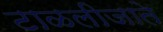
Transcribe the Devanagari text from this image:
टाळलीजाते